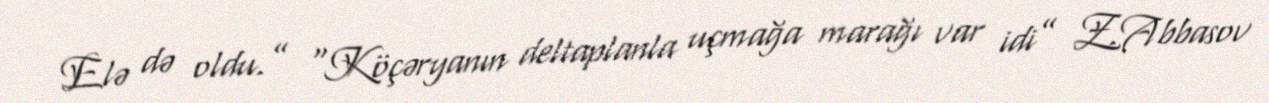
Elə də oldu.” “Köçəryanın deltaplanla uçmağa marağı var idi” Z.Abbasov